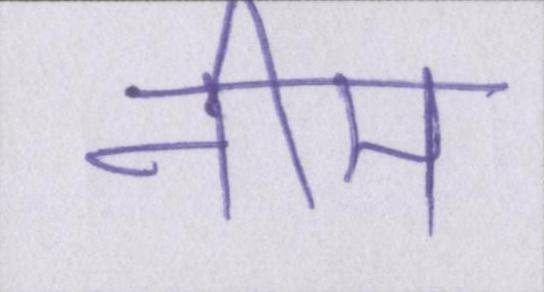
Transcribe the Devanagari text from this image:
नीम